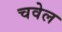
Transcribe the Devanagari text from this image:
चवेल